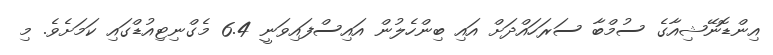
އިންޑޮނޭޝިއާގެ ސުމްބާ ސަރަހައްދަށް އައި ބިންހެލުން އައިސްފައިވަނީ 6.4 މެގްނިޓިއުޑްގައި ކަމަށެވެ. މި